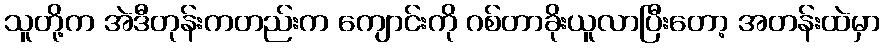
သူတို့က အဲဒီတုန်းကတည်းက ကျောင်းကို ဂစ်တာခိုးယူလာပြီးတော့ အတန်းထဲမှာ